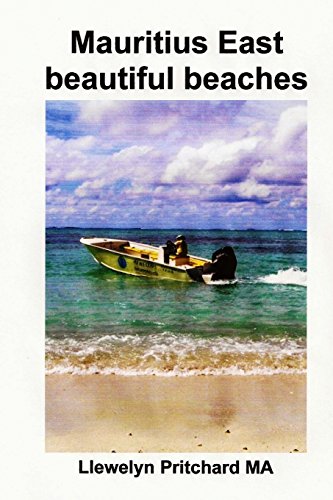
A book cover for Mauritius East beautiful beaches: Souvenir Bilduma koloretan argazki epigrafeekin, (Argazki Albumak) (Volume 10); Llewelyn Pritchard MA; Travel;